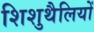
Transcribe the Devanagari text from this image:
शिशुथैलियों